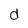
Character: d